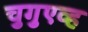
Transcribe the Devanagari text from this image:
चुगुएव्ह